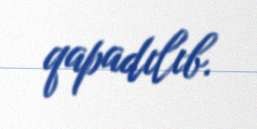
qapadılıb.